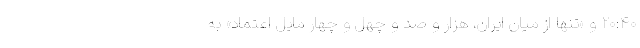
۲۰:۴۰ و «تنها از میان ایران، هزار و صد و چهل و چهار مایل اعتماد» به